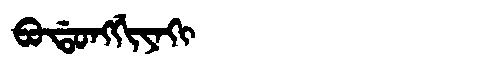
Manchu: ᠪᠣᡩᠣᠩᡤᡳᠶᠠᡴᡳ
Romanization: BODONGGIYAKI